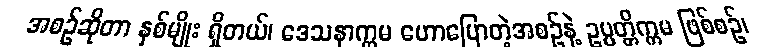
အစဉ်ဆိုတာ နှစ်မျိုး ရှိတယ်၊ ဒေသနာက္ကမ ဟောပြောတဲ့အစဉ်နဲ့ ဥပ္ပတ္တိက္ကမ ဖြစ်စဉ်၊